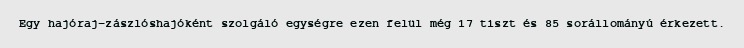
Egy hajóraj-zászlóshajóként szolgáló egységre ezen felül még 17 tiszt és 85 sorállományú érkezett.